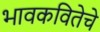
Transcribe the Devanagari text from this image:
भावकवितेचे